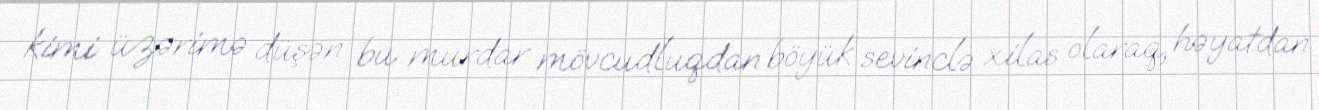
kimi üzərimə düşən bu murdar mövcudluqdan böyük sevinclə xilas olaraq, həyatdan